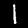
Digit: 1